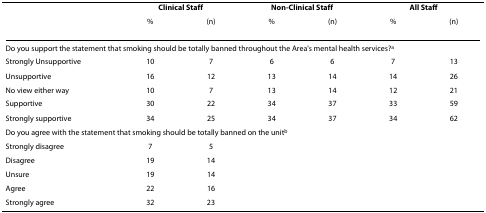
<table><thead><tr><td></td><td colspan="2"><b>Clinical Staff</b></td><td colspan="2"><b>Non-Clinical Staff</b></td><td colspan="2"><b>All Staff</b></td></tr><tr><td></td><td><b>%</b></td><td><b>(n)</b></td><td><b>%</b></td><td><b>(n)</b></td><td><b>%</b></td><td><b>(n)</b></td></tr></thead><tbody><tr><td colspan="7">Do you support the statement that smoking should be totally banned throughout the Area&#x27;s mental health services?<sup>a</sup></td></tr><tr><td>Strongly Unsupportive</td><td>10</td><td>7</td><td>6</td><td>6</td><td>7</td><td>13</td></tr><tr><td>Unsupportive</td><td>16</td><td>12</td><td>13</td><td>14</td><td>14</td><td>26</td></tr><tr><td>No view either way</td><td>10</td><td>7</td><td>13</td><td>14</td><td>12</td><td>21</td></tr><tr><td>Supportive</td><td>30</td><td>22</td><td>34</td><td>37</td><td>33</td><td>59</td></tr><tr><td>Strongly supportive</td><td>34</td><td>25</td><td>34</td><td>37</td><td>34</td><td>62</td></tr><tr><td colspan="7">Do you agree with the statement that smoking should be totally banned on the unit<sup>b</sup></td></tr><tr><td>Strongly disagree</td><td>7</td><td>5</td><td></td><td></td><td></td><td></td></tr><tr><td>Disagree</td><td>19</td><td>14</td><td></td><td></td><td></td><td></td></tr><tr><td>Unsure</td><td>19</td><td>14</td><td></td><td></td><td></td><td></td></tr><tr><td>Agree</td><td>22</td><td>16</td><td></td><td></td><td></td><td></td></tr><tr><td>Strongly agree</td><td>32</td><td>23</td><td></td><td></td><td></td><td></td></tr></tbody></table>